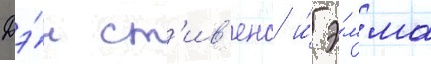
Дэ́н ст'ив'енс и́ э́мма